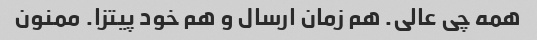
همه چی عالی. هم زمان ارسال و هم خود پیتزا. ممنون